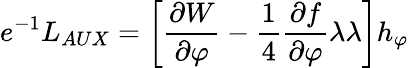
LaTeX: e^{-1}L_{AUX}=\left[\frac{\partial W}{\partial\varphi}-\frac{1}{4}\frac{\partial f}{\partial\varphi}\lambda\lambda\right]h_{\varphi}